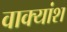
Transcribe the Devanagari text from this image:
वाक्‍यांश